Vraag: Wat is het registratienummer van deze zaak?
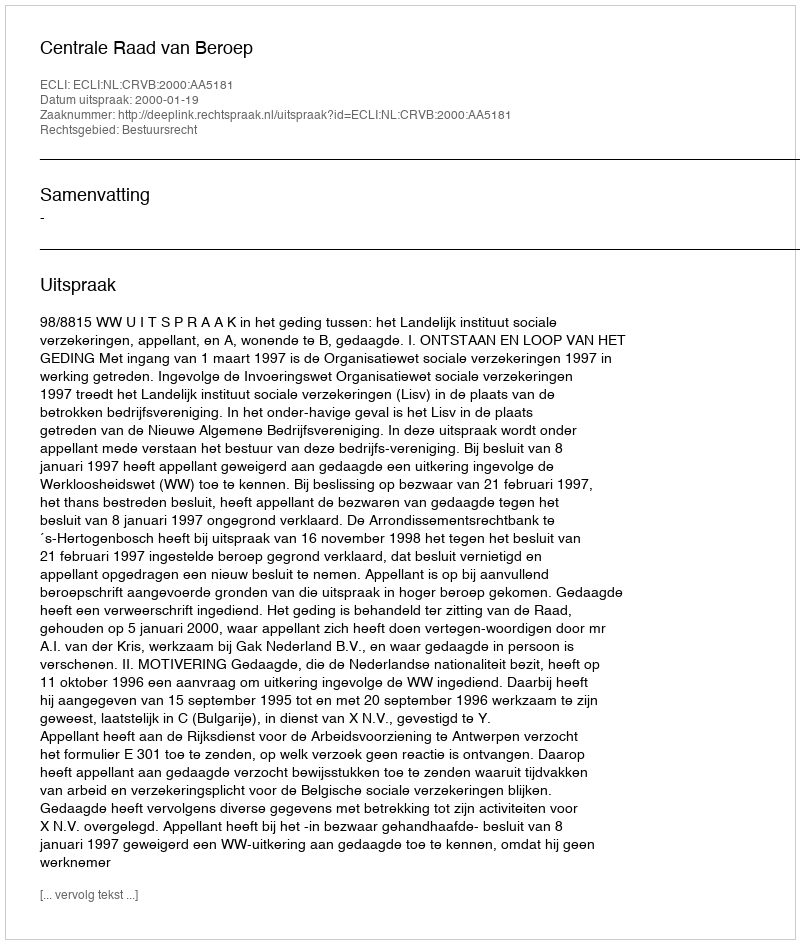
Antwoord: http://deeplink.rechtspraak.nl/uitspraak?id=ECLI:NL:CRVB:2000:AA5181